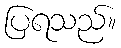
ပြရသည်။